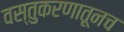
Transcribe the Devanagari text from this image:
वस्तुकरणातूनच